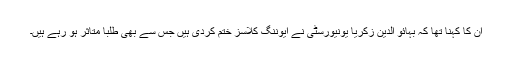
ان کا کہنا تھا کہ بہائو الدین زکریا یونیورسٹی نے ایوننگ کلاسز ختم کردی ہیں جس سے بھی طلبا متاثر ہو رہے ہیں۔